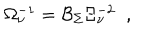
\Omega _ { \nu } ^ { - 1 } = \mathcal { B } _ { \Sigma } \Xi _ { \nu } ^ { - 2 } \; \; , \; \;